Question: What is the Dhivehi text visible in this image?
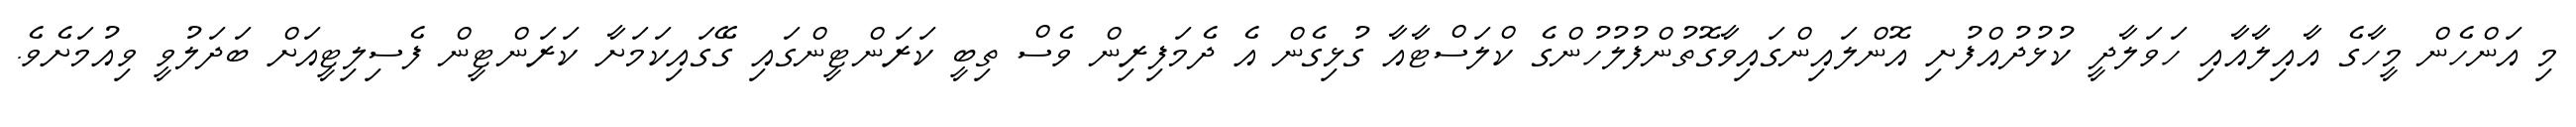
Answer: މި އަންހެން މީހާގެ އާއިލާއާއި ހަވަލާދީ ކުޅުދުއްފުށި އޮންލައިންގައިވާގޮތުންފުލުހުންގެ ކްލަސްޓާއާ ގުޅިގެން އެ ދެމަފިރިން ވެސް ތިބީ ކަރަންޓީންގައި ގޭގައިކަމަށާ ކަރަންޓީން ފެސިލިޓީއަށް ބަދަލުވީ ވިއުމަށެވެ.